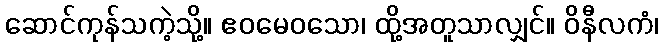
ဆောင်ကုန်သကဲ့သို့။ ဧဝမေဝသော၊ ထို့အတူသာလျှင်။ ဝိနီလကံ၊